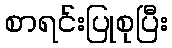
စာရင်းပြုစုပြီး